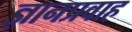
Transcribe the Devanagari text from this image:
ज्ञानप्रवाह